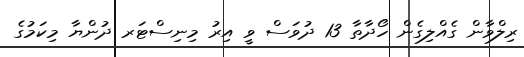
ރިލްވާން ގެއްލިގެން ހޯދާތާ 13 ދުވަސް ވީ އިރު މިނިސްޓަރ ދުންޔާ މިކަމުގެ